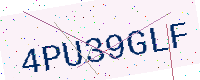
Text: 4PU39GLF